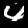
Digit: 4